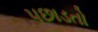
પછાડતો